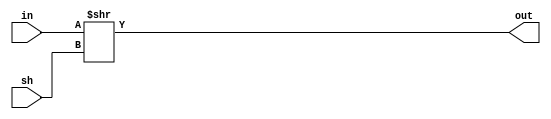
`timescale 1ns / 1ps

module SRL(input[31:0] in, input[31:0] sh , output[31:0] out);

assign out = in >> sh;

endmodule